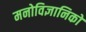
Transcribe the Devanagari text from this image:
मनोविज्ञानिको